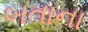
બતાના